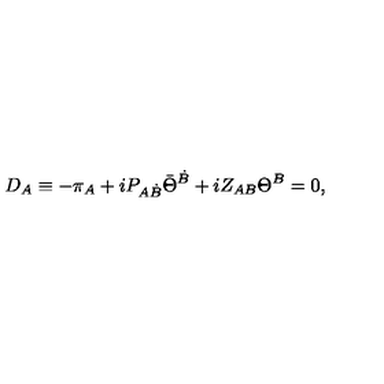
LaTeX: D _ { A } \equiv - \pi _ { A } + i P _ { A \dot { B } } \bar { \Theta } ^ { \dot { B } } + i Z _ { A B } \Theta ^ { B } = 0 , \qquad